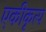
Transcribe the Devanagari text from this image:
एकीकृत्य